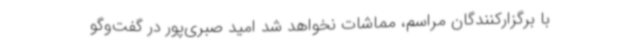
با برگزارکنندگان مراسم، مماشات نخواهد شد امید صبری‌پور در گفت‌وگو